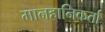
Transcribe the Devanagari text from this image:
मानहानिकर्ता